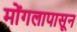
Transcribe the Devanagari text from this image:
मोंगलापासून